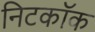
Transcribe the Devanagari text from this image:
निटकॉक